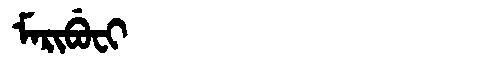
Manchu: ᠮᠠᡵᡳᠪᡠᠸᡳ
Romanization: MARIBUFI